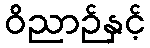
ဝိညာဉ်နှင့်